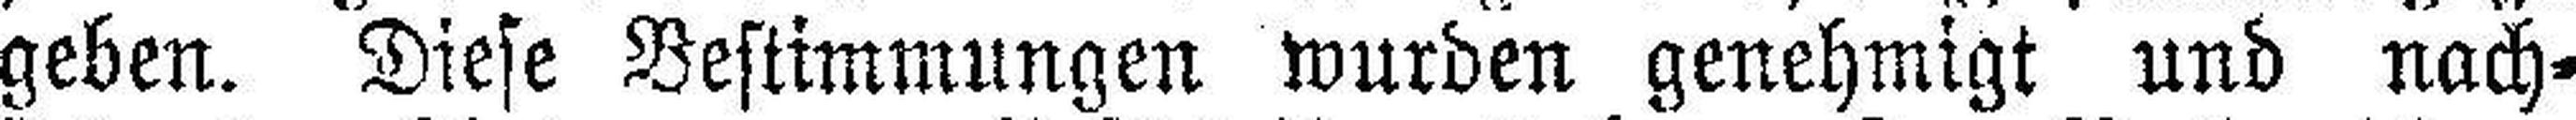
geben. Diese Bestimmungen wurden genehmigt und nach¬